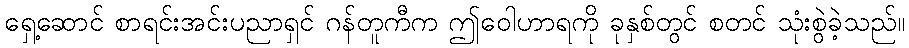
ရှေ့ဆောင် စာရင်းအင်းပညာရှင် ဂန်တူကီက ဤဝေါဟာရကို ခုနှစ်တွင် စတင် သုံးစွဲခဲ့သည်။